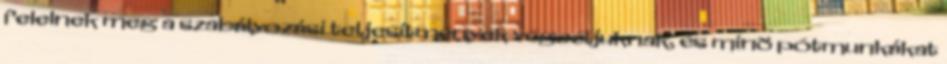
felelnek meg a szabályozási teljesítmények végcéljuknak, és minõ pótmunkákat